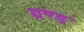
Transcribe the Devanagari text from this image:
ग्रण्ड